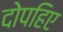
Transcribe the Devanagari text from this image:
दोपहिए